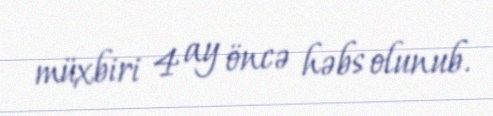
müxbiri 4 ay öncə həbs olunub.